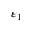
\varepsilon _ { 1 }